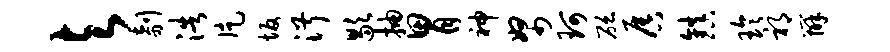
与剞浩片坂淑歇抽胃神帑珂砭唇镇玲祁辨